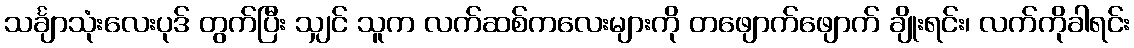
သင်္ချာသုံးလေးပုဒ် တွက်ပြီး သျှင် သူက လက်ဆစ်ကလေးများကို တဖျောက်ဖျောက် ချိုးရင်း၊ လက်ကိုခါရင်း